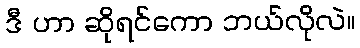
ဒီ ဟာ ဆိုရင်ကော ဘယ်လိုလဲ။